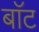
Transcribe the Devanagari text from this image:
बाॅट